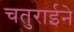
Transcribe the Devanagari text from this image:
चतुराईने